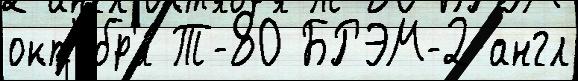
окт'ябр'я́ Т-80 БРЭМ-2 англ